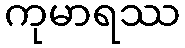
ကုမာရဿ